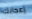
إعجابك